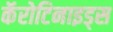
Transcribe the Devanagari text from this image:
कॅरोटिनाइड्स